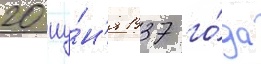
20 иу́н'я 1937 го́да